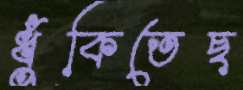
ধুঁকিতেছ